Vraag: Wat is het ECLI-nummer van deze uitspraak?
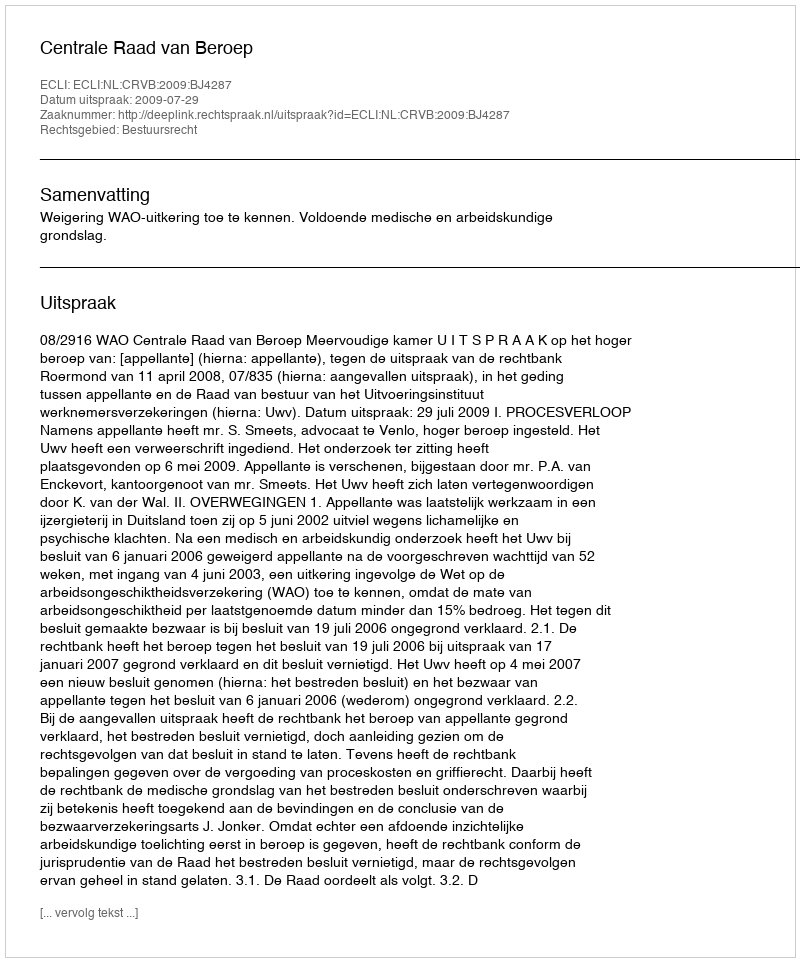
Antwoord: ECLI:NL:CRVB:2009:BJ4287